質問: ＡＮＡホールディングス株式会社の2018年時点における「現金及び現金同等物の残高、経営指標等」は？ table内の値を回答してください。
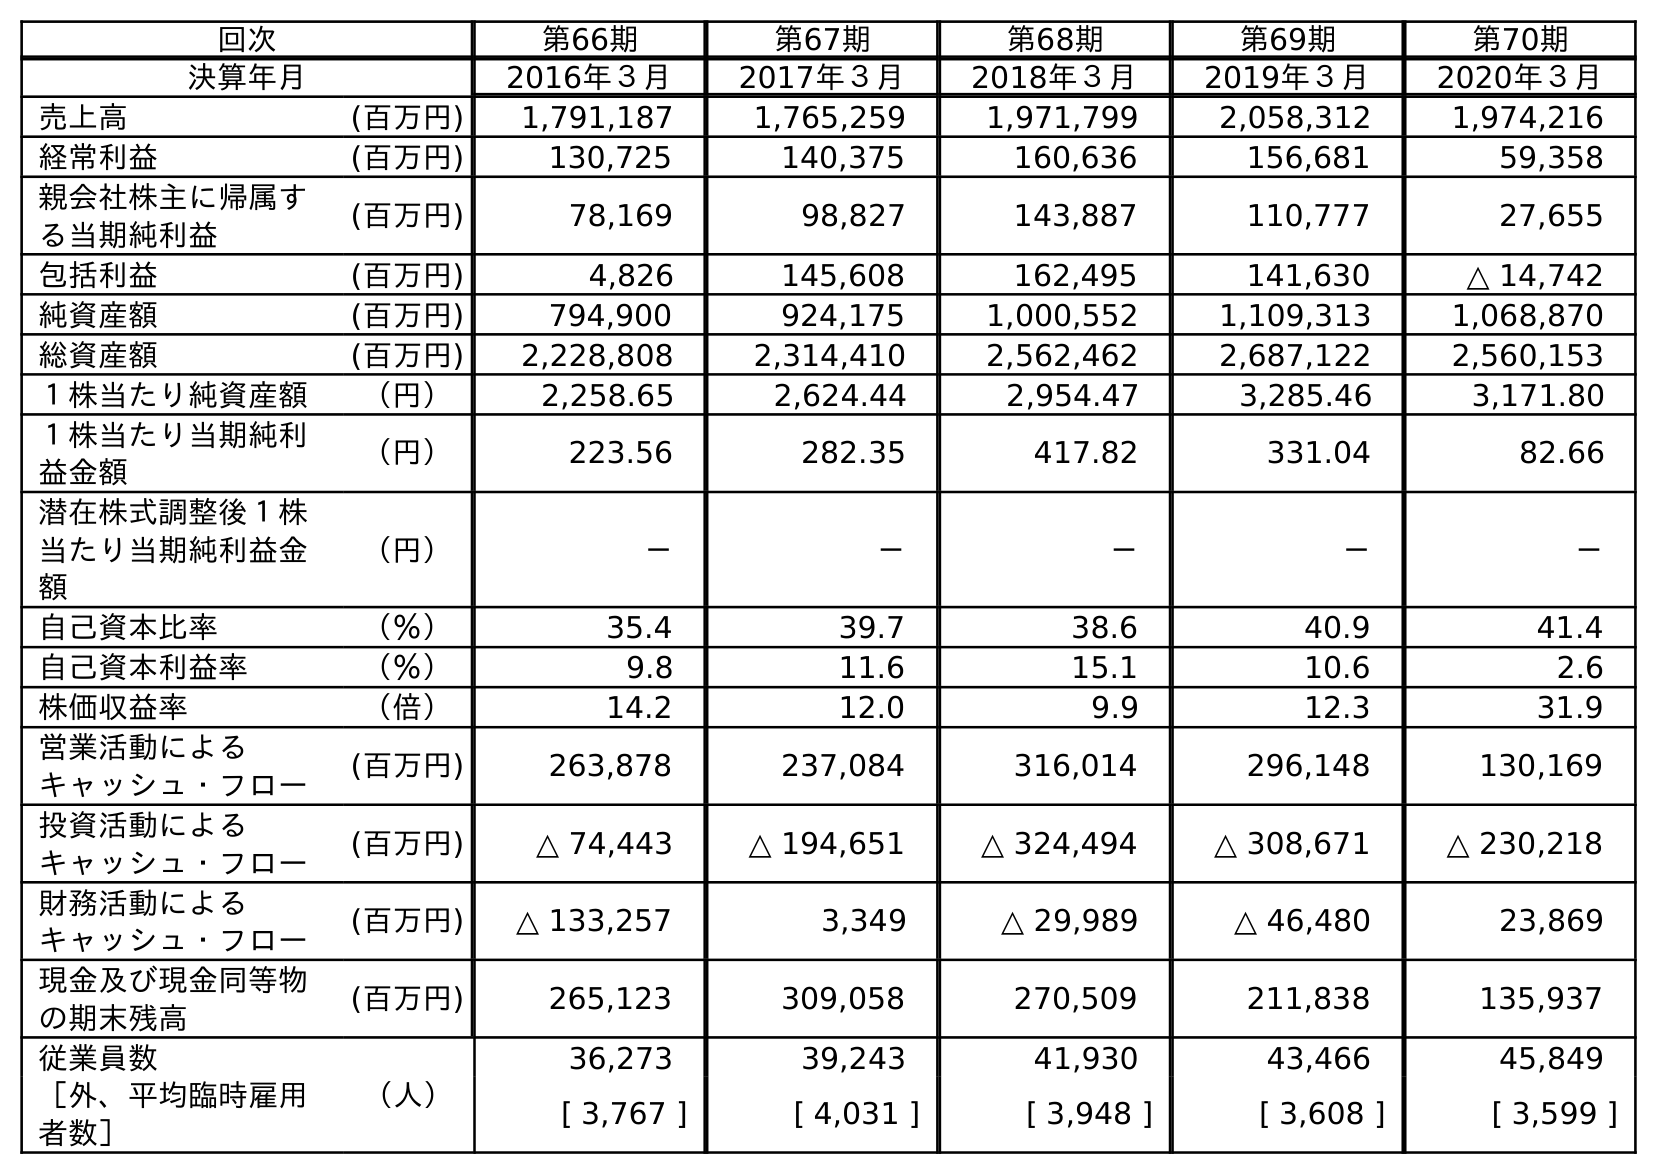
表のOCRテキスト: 回次 第66期 第67期 第68期 第69期 第70期 決算年月 2016年３月 2017年３月 2018年３月 2019年３月 2020年３月 売上高 (百万円) 1,791,187 1,765,259 1,971,799 2,058,312 1,974,216 経常利益 (百万円) 130,725 140,375 160,636 156,681 59,358 親会社株主に帰属す る当期純利益 (百万円) 78,169 98,827 143,887 110,777 27,655 包括利益 (百万円) 4,826 145,608 162,495 141,630 △ 14,742 純資産額 (百万円) 794,900 924,175 1,000,552 1,109,313 1,068,870 総資産額 (百万円) 2,228,808 2,314,410 2,562,462 2,687,122 2,560,153 １株当たり純資産額 （円） 2,258.65 2,624.44 2,954.47 3,285.46 3,171.80 １株当たり当期純利 益金額 （円） 223.56 282.35 417.82 331.04 82.66 潜在株式調整後１株 当たり当期純利益金 額 （円） － － － － － 自己資本比率 （％） 35.4 39.7 38.6 40.9 41.4 自己資本利益率 （％） 9.8 11.6 15.1 10.6 2.6 株価収益率 （倍） 14.2 12.0 9.9 12.3 31.9 営業活動による キャッシュ・フロー (百万円) 263,878 237,084 316,014 296,148 130,169 投資活動による キャッシュ・フロー (百万円) △ 74,443 △ 194,651 △ 324,494 △ 308,671 △ 230,218 財務活動による キャッシュ・フロー (百万円) △ 133,257 3,349 △ 29,989 △ 46,480 23,869 現金及び現金同等物 の期末残高 (百万円) 265,123 309,058 270,509 211,838 135,937 従業員数 （人） 36,273 39,243 41,930 43,466 45,849 ［外、平均臨時雇用 者数］ [ 3,767 ] [ 4,031 ] [ 3,948 ] [ 3,608 ] [ 3,599 ]
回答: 270,509